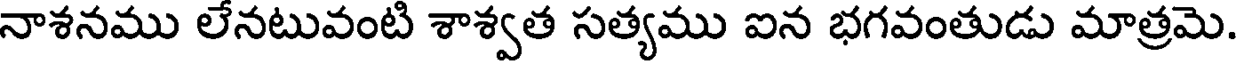
నాశనము లేనటువంటి శాశ్వత సత్యము ఐన భగవంతుడు మాత్రమె.